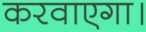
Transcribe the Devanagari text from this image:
करवाएगा।